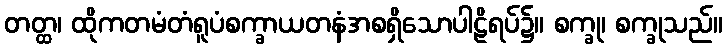
တတ္ထ၊ ထိုကတမံတံရူပံစက္ခာယတနံအစရှိသောပါဠိရပ်၌။ စက္ခု၊ စက္ခုသည်။